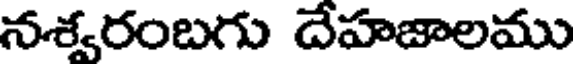
నశ్వరంబగు దేహజాలము